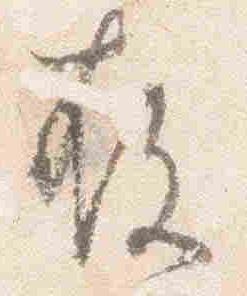
存